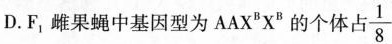
D. F_{1}果蝇中基因型为AAX^{B}X^{B}的个体占\frac{1}{8}